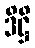
ဒိဋ္ဌိ